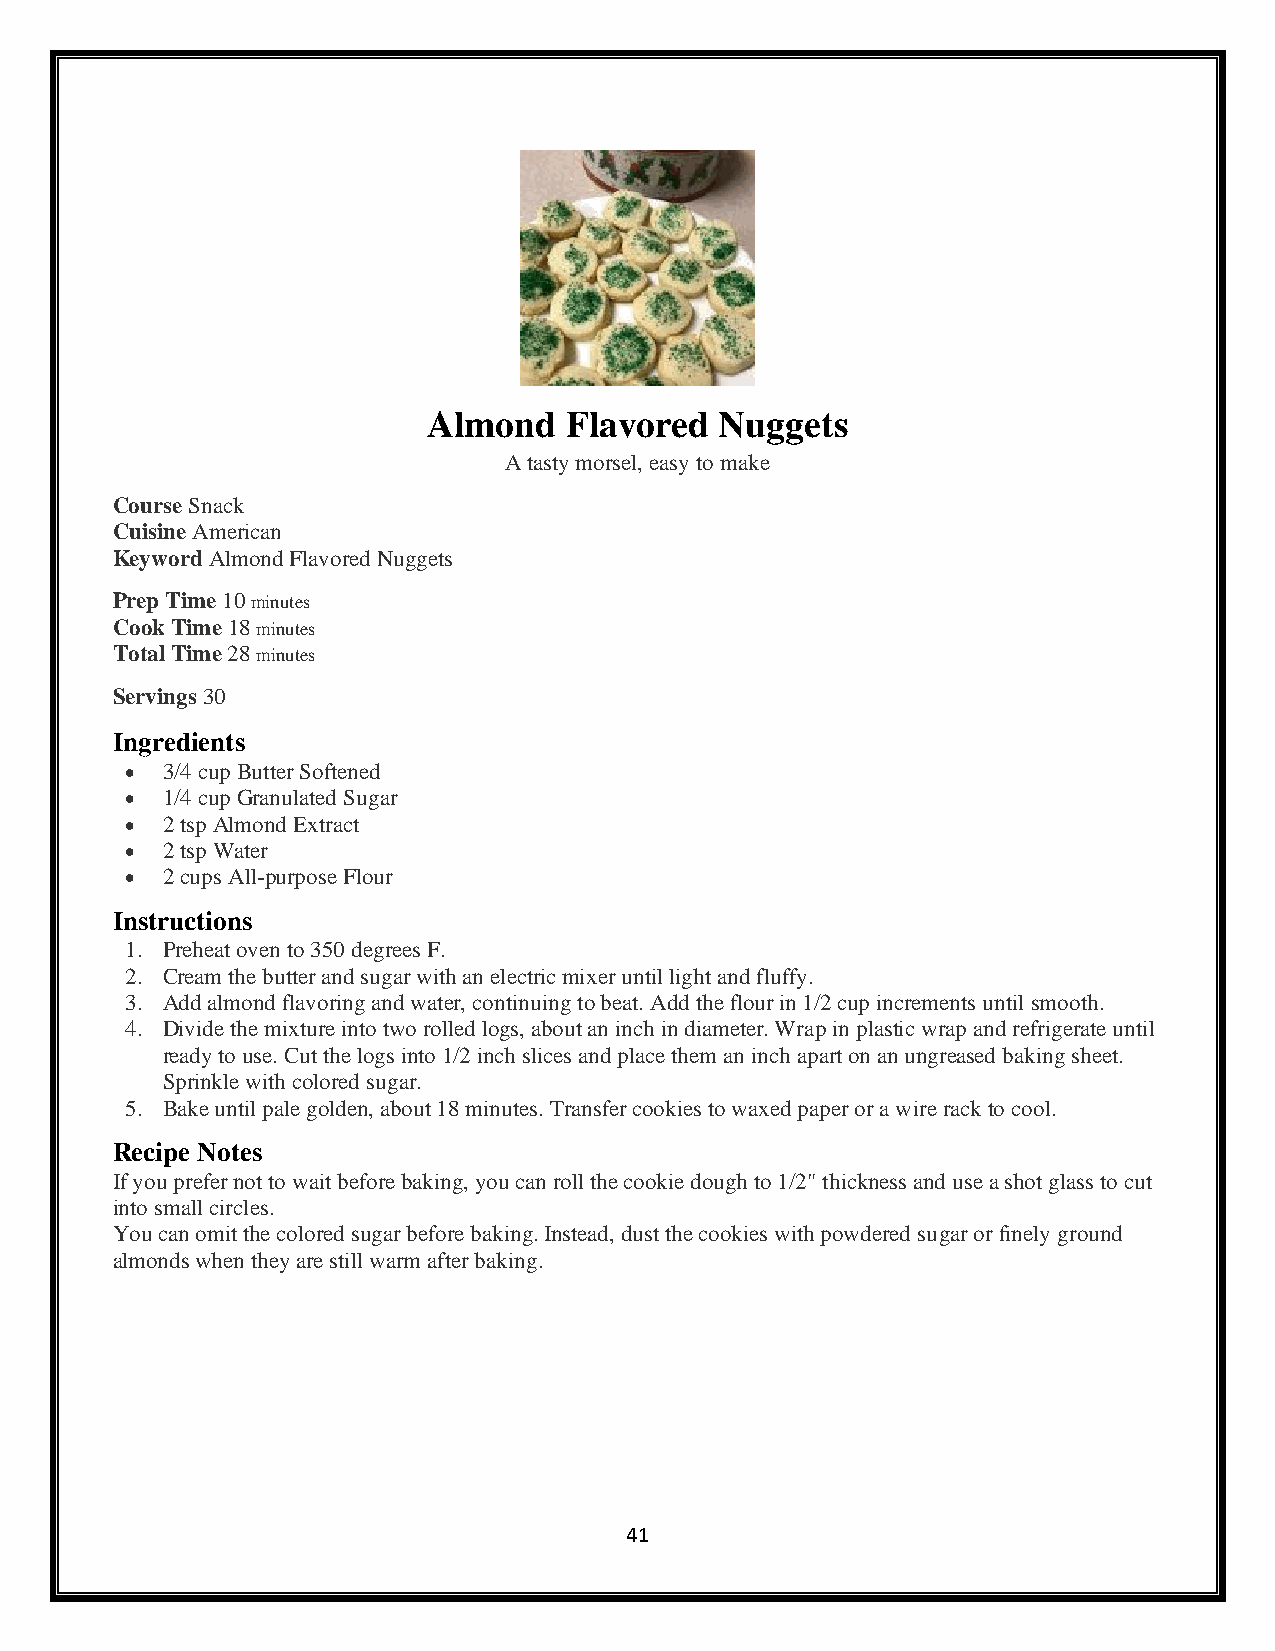
Almond   Flavored   Nuggets
 A tasty morsel, easy to make
 Course Snack
 Cuisine American
 Keyword Almond Flavored Nuggets
 Prep Time 10 minutes
 Cook Time 18 minutes
 Total Time 28 minutes
 Servings 30
 Ingredients
 •  3/4 cup Butter Softened
 •  1/4 cup Granulated Sugar
 •  2 tsp Almond Extract
 •  2 tsp Water
 •  2 cups All-purpose Flour
 Instructions
 1. Preheat oven to 350 degrees F.
 2. Cream the butter and sugar with an electric mixer until light and fluffy.
 3. Add almond flavoring and water, continuing to beat. Add the flour in 1/2 cup increments until smooth.
 4. Divide the mixture into two rolled logs, about an inch in diameter. Wrap in plastic wrap and refrigerate until
 ready to use. Cut the logs into 1/2 inch slices and place them an inch apart on an ungreased baking sheet.
 Sprinkle with colored sugar.
 5. Bake until pale golden, about 18 minutes. Transfer cookies to waxed paper or a wire rack to cool.
 Recipe Notes
 If you prefer not to wait before baking, you can roll the cookie dough to 1/2" thickness and use a shot glass to cut
 into small circles.
 You can omit the colored sugar before baking. Instead, dust the cookies with powdered sugar or finely ground
 almonds when they are still warm after baking.
 41